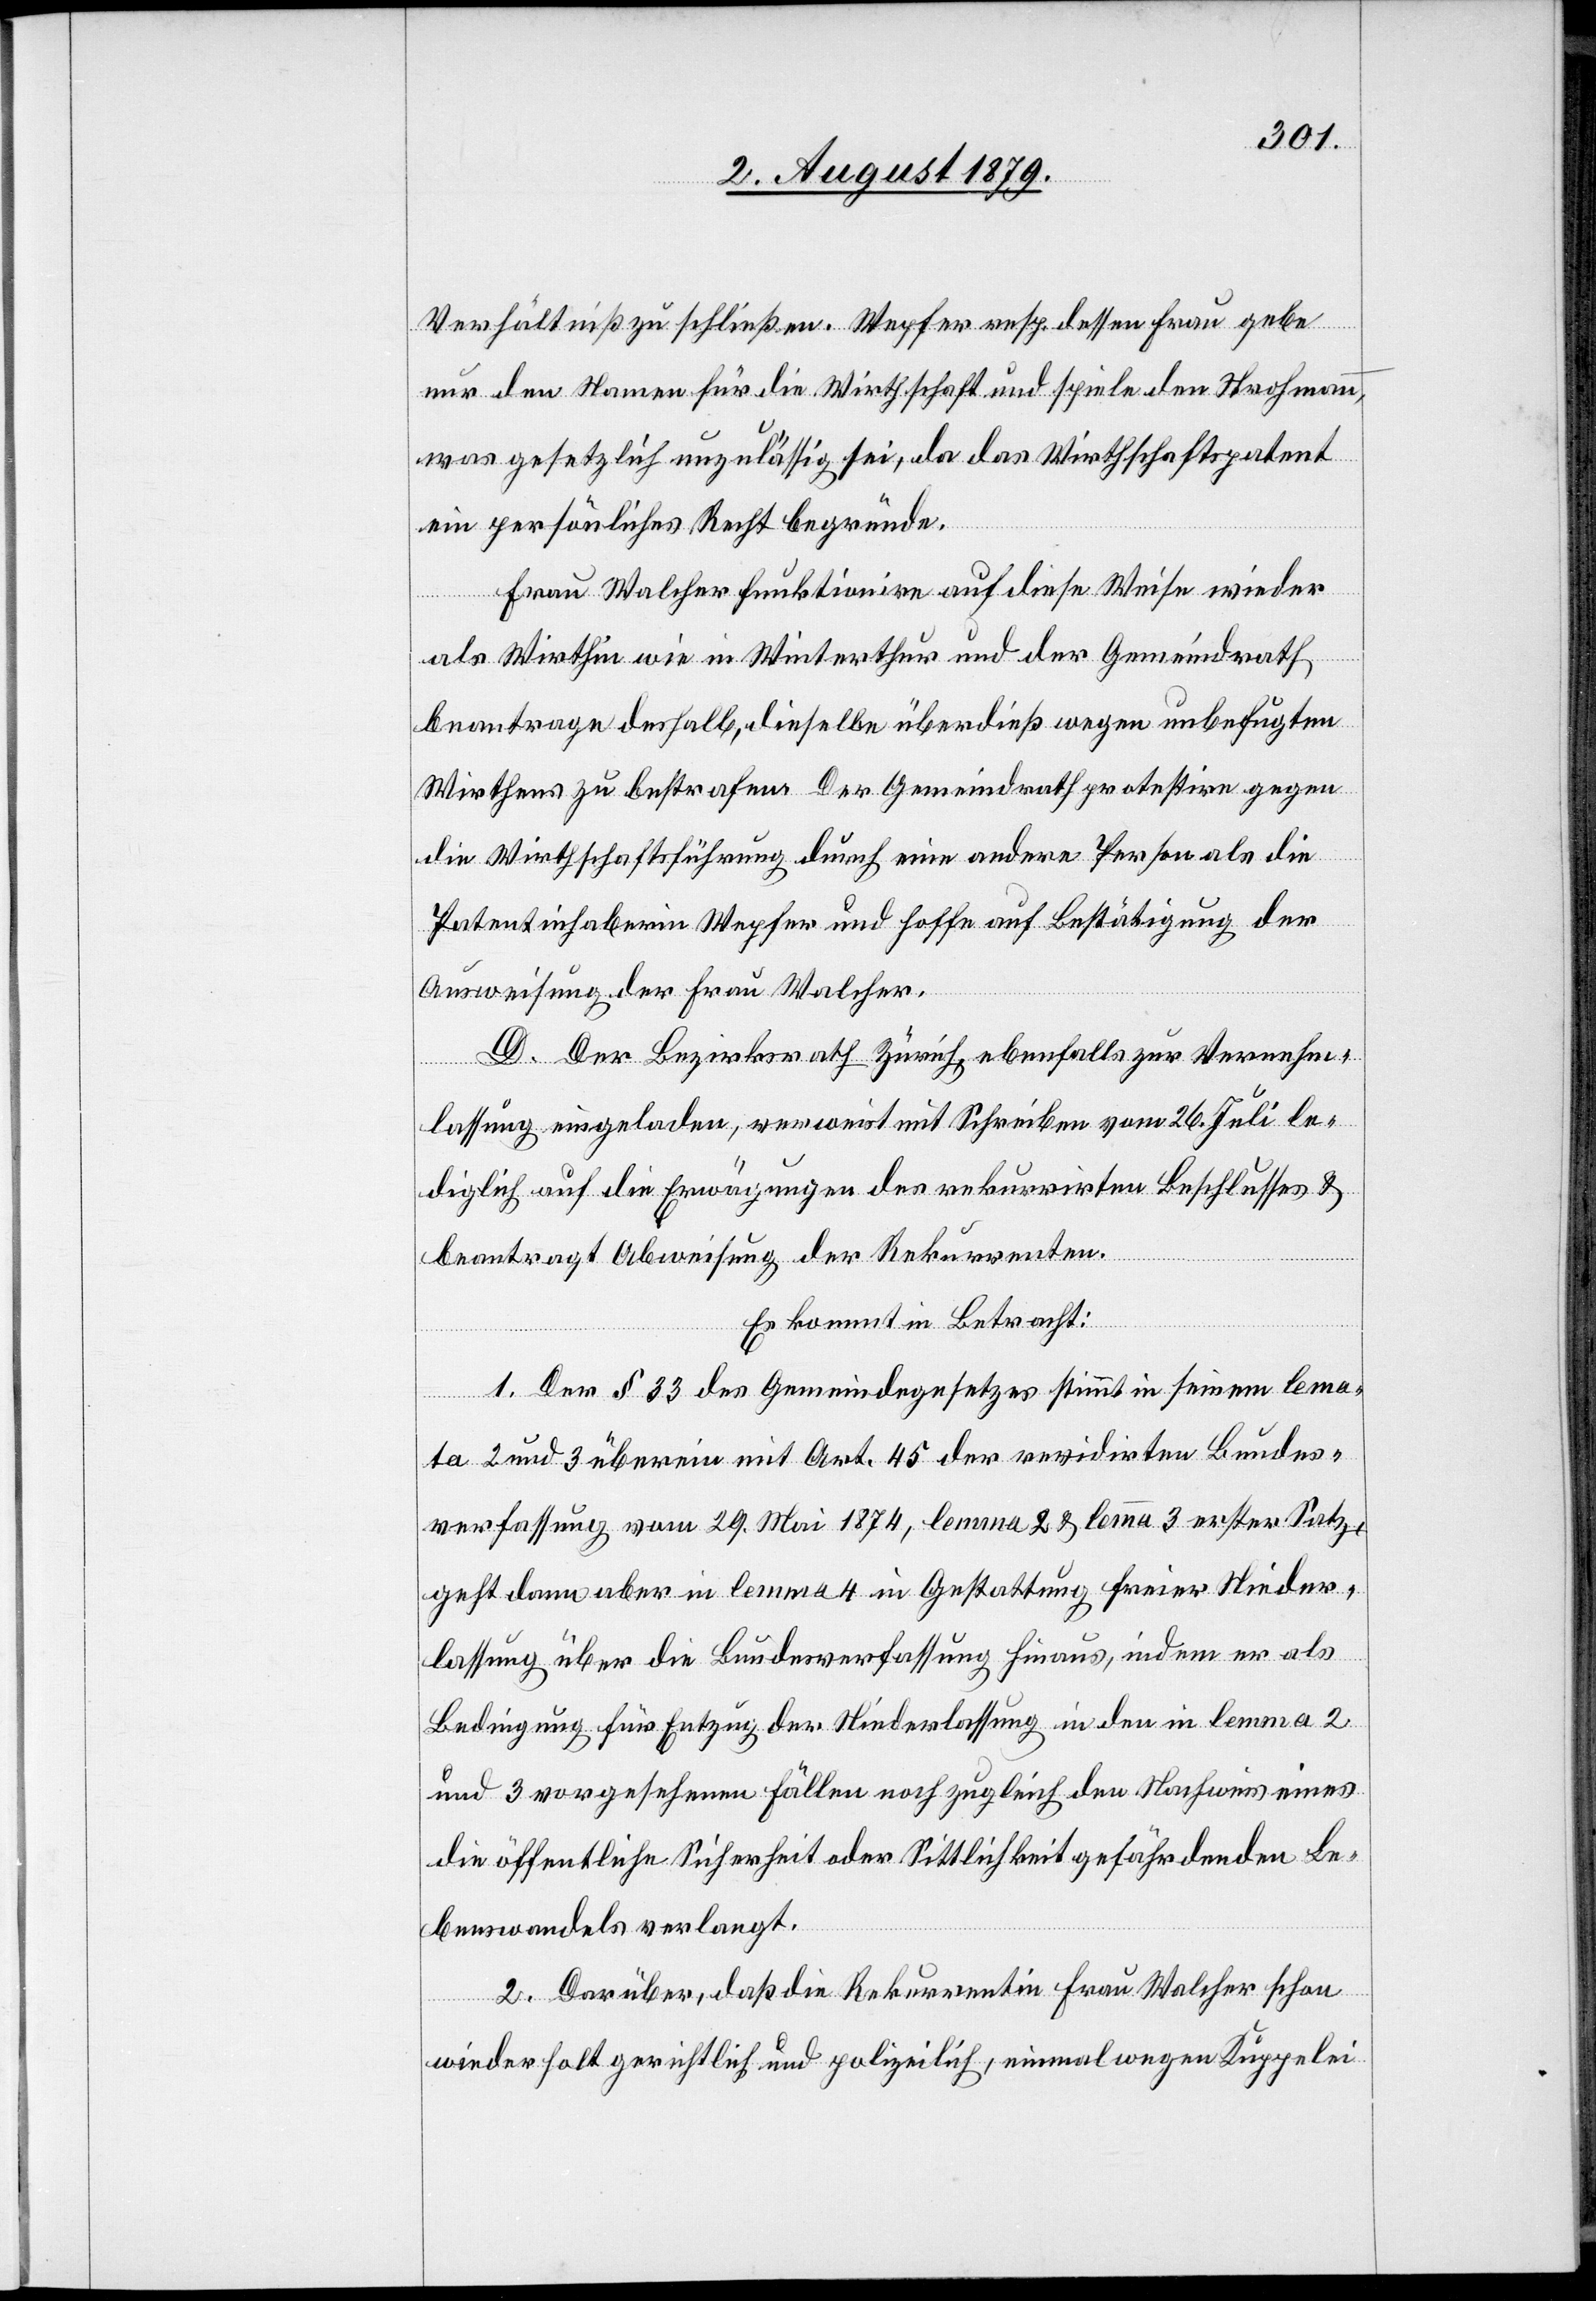
Verhältniß zu schließen. Wepfer resp. dessen Frau gebe
nur den Namen für die Wirthschaft und spiele den Strohmann,
was gesetzlich unzulässig sei, da das Wirthschaftspatent
lema¬
ein persönliches Recht begründe.
Frau Walcher funktionire auf diese Weise wieder
als Wirthin wie in Winterthur und der Gemeindrath
beantrage deshalb, dieselbe überdieß wegen unbefugten
Wirthens zu bestrafen. Der Gemeindrath protestire gegen
die Wirthschaftsführung durch eine andere Person als die
Patentinhaberin Wepfer und hoffe auf Bestätigung der
Ausweisung der Frau Walcher.
D. Der Bezirksrath Zürich, ebenfalls zur Vernehm¬
lassung eingeladen, verweist mit Schreiben vom 26. Juli le¬
diglich auf die Erwägungen des rekurrirten Beschlusses &
beantragt Abweisung der Rekurrenten.
Es kommt in Betracht:
1. Der § 33 des Gemeindegesetzes stimmt in seinem [r¬
ta 2 und 3 überein mit Art. 45 der revidirten Bundes¬
verfassung vom 29. Mai 1874, lemma 2 & lemma 3 erster Satz,
geht dann aber in lemma 4 in Gestattung freier Nieder¬
lassung über die Bundesverfassung hinaus, indem er als
Bedingung für Entzug der Niederlassung in den in lemma 2
und 3 vorgesehenen Fällen noch zugleich den Nachweis eines
die öffentliche Sicherheit oder Sittlichkeit gefährdenden Le¬
benswandels verlangt.
2. Darüber, daß die Rekurrentin Frau Walcher schon
seinen]
wiederholt gerichtlich und polizeilich, einmal wegen Kuppelei